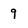
Character: 9